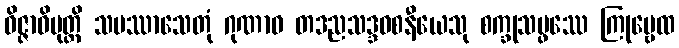
ဝိဇ္ဇာဝိမုတ္တိ သမဿာသေတုံ ဂုဏာဝ တဒညသဒ္ဒဝစနီယေသု စက္ခုသမ္ဖဿေ ကြုဗ္ဗေထ